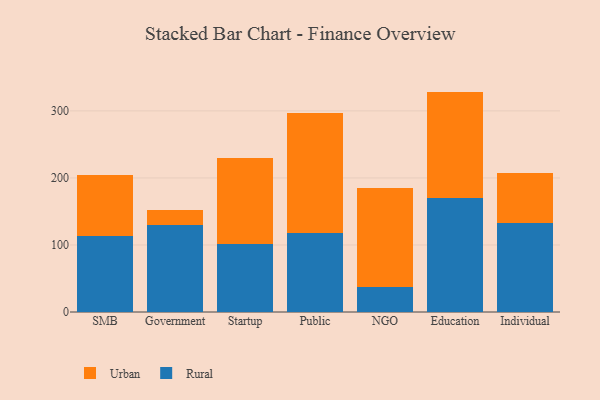
{"axis": {"x": "Segment", "y": "Budget (USD K)"}, "legend": ["Rural", "Urban"], "data": [{"x": "SMB", "y": 112.9, "type": "Rural"}, {"x": "SMB", "y": 91.9, "type": "Urban"}, {"x": "Government", "y": 130.0, "type": "Rural"}, {"x": "Government", "y": 21.5, "type": "Urban"}, {"x": "Startup", "y": 101.2, "type": "Rural"}, {"x": "Startup", "y": 128.2, "type": "Urban"}, {"x": "Public", "y": 117.4, "type": "Rural"}, {"x": "Public", "y": 179.1, "type": "Urban"}, {"x": "NGO", "y": 37.1, "type": "Rural"}, {"x": "NGO", "y": 148.3, "type": "Urban"}, {"x": "Education", "y": 169.5, "type": "Rural"}, {"x": "Education", "y": 159.3, "type": "Urban"}, {"x": "Individual", "y": 132.5, "type": "Rural"}, {"x": "Individual", "y": 74.2, "type": "Urban"}]}